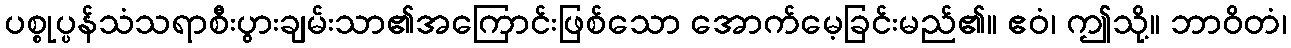
ပစ္စုပ္ပန်သံသရာစီးပွားချမ်းသာ၏အကြောင်းဖြစ်သော အောက်မေ့ခြင်းမည်၏။ ဧဝံ၊ ဤသို့။ ဘာဝိတံ၊